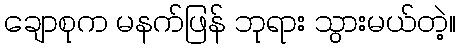
ချောစုက မနက်ဖြန် ဘုရား သွားမယ်တဲ့။